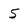
Character: 5